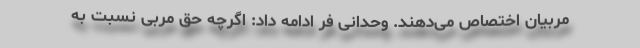
مربیان اختصاص می‌دهند. وحدانی فر ادامه داد: اگرچه حق مربی نسبت به